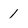
Character: 1